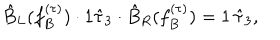
\hat { B } _ { L } ( f _ { B } ^ { ( \tau ) } ) \cdot 1 \hat { \tau } _ { 3 } \cdot \hat { B } _ { R } ( f _ { B } ^ { ( \tau ) } ) = 1 \, \hat { \tau } _ { 3 } ,